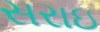
સરાઇ